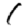
Digit: 1